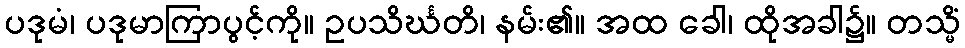
ပဒုမံ၊ ပဒုမာကြာပွင့်ကို။ ဥပသိင်္ဃတိ၊ နမ်း၏။ အထ ခေါ၊ ထိုအခါ၌။ တသ္မိံ